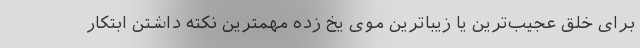
برای خلق عجیب‌ترین یا زیباترین موی یخ زده مهمترین نکته داشتن ابتکار